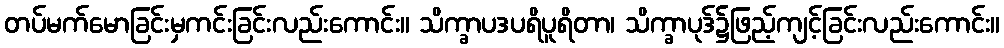
တပ်မက်မောခြင်းမှကင်းခြင်းလည်းကောင်း။ သိက္ခာပဒပရိပူရိတာ၊ သိက္ခာပုဒ်၌ဖြည့်ကျင့်ခြင်းလည်းကောင်း။